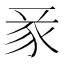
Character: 𧰬